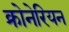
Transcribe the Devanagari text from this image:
क्रोनेरियन